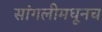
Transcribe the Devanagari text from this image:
सांगलीमधूनच